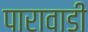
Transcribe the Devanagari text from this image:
पारावाडी